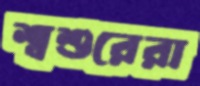
শ্বশুরেরা